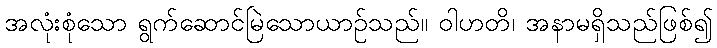
အလုံးစုံသော ရွက်ဆောင်မြဲသောယာဉ်သည်။ ဝါဟတိ၊ အနာမရှိသည်ဖြစ်၍